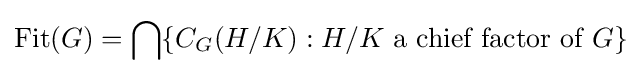
\operatorname {Fit} (G)=\bigcap \{C_{G}(H/K):H/K{\text{ a chief factor of }}G\}